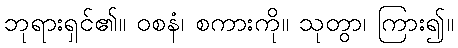
ဘုရားရှင်၏။ ဝစနံ၊ စကားကို။ သုတွာ၊ ကြား၍။